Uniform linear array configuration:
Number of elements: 8
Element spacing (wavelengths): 0.5
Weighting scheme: cosine
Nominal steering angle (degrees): -30
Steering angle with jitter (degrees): -31.359
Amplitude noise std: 0.05
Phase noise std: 0.05

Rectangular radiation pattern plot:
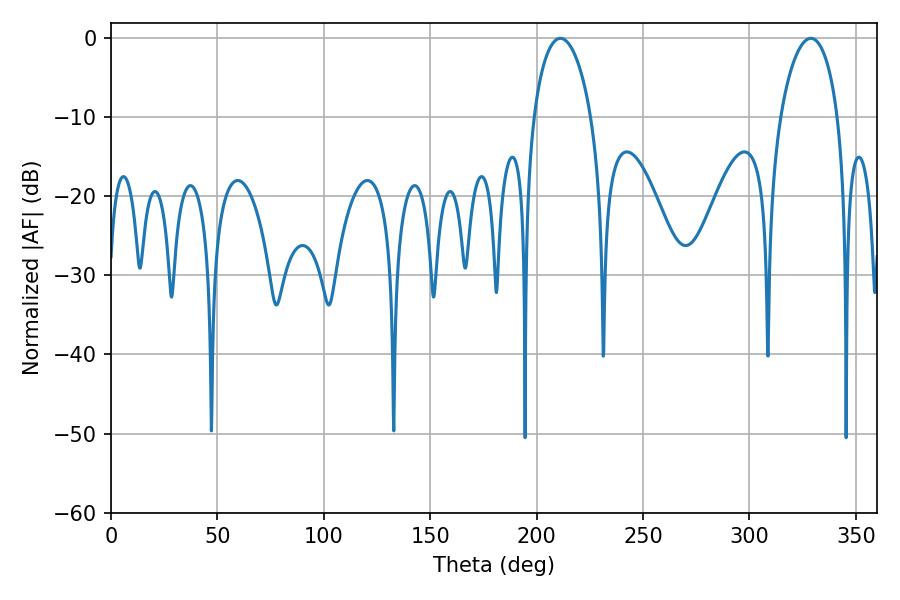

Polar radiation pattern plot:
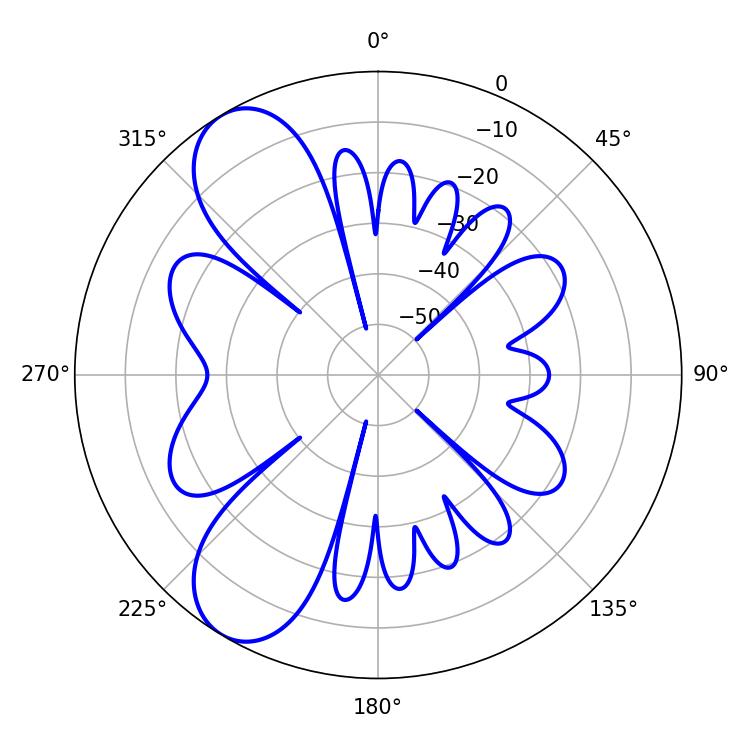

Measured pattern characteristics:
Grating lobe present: FALSE
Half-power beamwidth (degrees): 15.48
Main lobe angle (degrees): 211.14